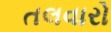
તલવારો